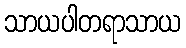
သာယပါတရာသာယ